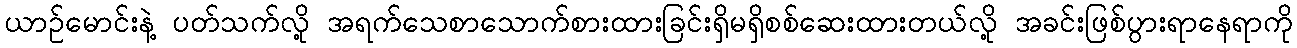
ယာဉ်မောင်းနဲ့ ပတ်သက်လို့ အရက်သေစာသောက်စားထားခြင်းရှိမရှိစစ်ဆေးထားတယ်လို့ အခင်းဖြစ်ပွားရာနေရာကို